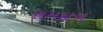
રામદાન